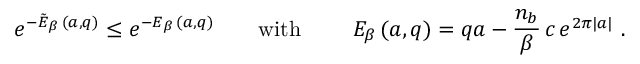
\left. e ^ { - \tilde { E } _ { \beta } \, ( a , q ) } \leq e ^ { - E _ { \beta } \, ( a , q ) } \ \ \ \ \ \ \mathrm { w i t h } \ \ \ \ \ \ \ E _ { \beta } \, ( a , q ) = q a - \frac { n _ { b } } { \beta } \, c \, e ^ { 2 \pi | a | } \ . \right.